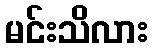
မင်းသိလား